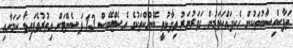
ތަފާސްހިސާބުތަކުން ހެކިދައްކަވަމުން ގަވަރުނަރު ވިދާޅުވީ ބޭންކްތަކުގެ އެސެޓްބޭސް 13 ޕަސެންޓަށް އިތުރުވެފައިވާ ކަމަށާއި